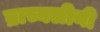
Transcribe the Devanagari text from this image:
ब्राच्यलीनी